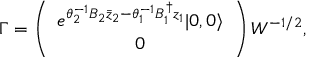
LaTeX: \Gamma = \left( \begin{array} { c } { { e ^ { \theta _ { 2 } ^ { - 1 } B _ { 2 } \bar { z } _ { 2 } - \theta _ { 1 } ^ { - 1 } B _ { 1 } ^ { \dag } z _ { 1 } } | 0 , 0 \rangle } } \\ { { 0 } } \end{array} \right) W ^ { - 1 / 2 } ,